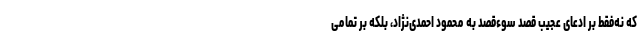
که نه‌فقط بر ادعای عجیب قصد سوءقصد به محمود احمدی‌نژاد، بلکه بر تمامی